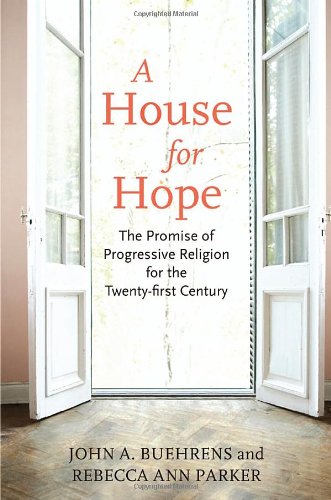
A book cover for A House for Hope: The Promise of Progressive Religion for the Twenty-first Century; John Buehrens; Religion & Spirituality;